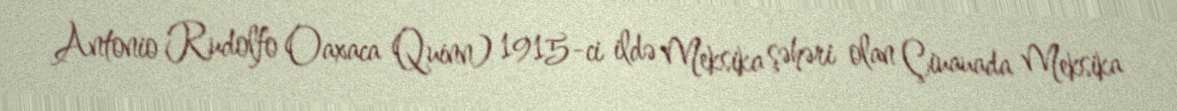
Antonio Rudolfo Oaxaca Quinn) 1915-ci ildə Meksika şəhəri olan Çiuauada Meksika